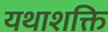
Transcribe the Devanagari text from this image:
यथाशक्ति